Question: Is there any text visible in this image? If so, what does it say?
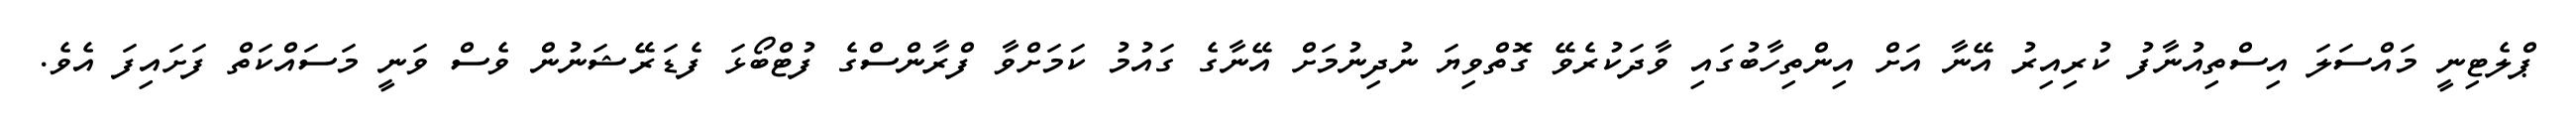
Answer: ޕްލެޓިނީ މައްސަލަ އިސްތިއުނާފު ކުރިއިރު އޭނާ އަށް އިންތިހާބުގައި ވާދަކުރެވޭ ގޮތްވިޔަ ނުދިނުމަށް އޭނާގެ ގައުމު ކަމަށްވާ ފްރާންސްގެ ފުޓްބޯޅަ ފެޑަރޭޝަނުން ވެސް ވަނީ މަސައްކަތް ފަށައިފަ އެވެ.